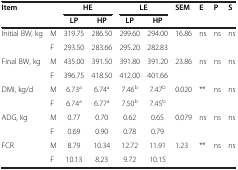
<table><thead><tr><td><b>Item</b></td><td><b> </b></td><td colspan="2"><b>HE</b></td><td colspan="2"><b>LE</b></td><td><b>SEM</b></td><td><b>E</b></td><td><b>P</b></td><td><b>S</b></td></tr><tr><td><b> </b></td><td><b> </b></td><td><b>LP</b></td><td><b>HP</b></td><td><b>LP</b></td><td><b>HP</b></td><td><b> </b></td><td><b> </b></td><td><b> </b></td><td><b> </b></td></tr></thead><tbody><tr><td rowspan="2">Initial BW, kg</td><td>M</td><td>319.75</td><td>286.50</td><td>299.60</td><td>294.00</td><td rowspan="2">16.86</td><td rowspan="2">ns</td><td rowspan="2">ns</td><td rowspan="2">ns</td></tr><tr><td>F</td><td>293.50</td><td>283.66</td><td>295.20</td><td>282.83</td></tr><tr><td rowspan="2">Final BW, kg</td><td>M</td><td>435.00</td><td>391.50</td><td>391.80</td><td>391.20</td><td rowspan="2">23.86</td><td rowspan="2">ns</td><td rowspan="2">ns</td><td rowspan="2">ns</td></tr><tr><td>F</td><td>396.75</td><td>418.50</td><td>412.00</td><td>401.66</td></tr><tr><td rowspan="2">DMI, kg/d</td><td>M</td><td>6.73<sup>a</sup></td><td>6.74<sup>a</sup></td><td>7.46<sup>b</sup></td><td>7.47<sup>b</sup></td><td rowspan="2">0.020</td><td rowspan="2">**</td><td rowspan="2">ns</td><td rowspan="2">ns</td></tr><tr><td>F</td><td>6.74<sup>a</sup></td><td>6.77<sup>a</sup></td><td>7.50<sup>b</sup></td><td>7.45<sup>b</sup></td></tr><tr><td rowspan="2">ADG, kg</td><td>M</td><td>0.77</td><td>0.70</td><td>0.62</td><td>0.65</td><td rowspan="2">0.079</td><td rowspan="2">ns</td><td rowspan="2">ns</td><td rowspan="2">ns</td></tr><tr><td>F</td><td>0.69</td><td>0.90</td><td>0.78</td><td>0.79</td></tr><tr><td>FCR</td><td>M</td><td>8.79</td><td>10.34</td><td>12.72</td><td>11.91</td><td>1.23</td><td>**</td><td>ns</td><td>ns</td></tr><tr><td> </td><td>F</td><td>10.13</td><td>8.23</td><td>9.72</td><td>10.15</td><td> </td><td> </td><td> </td><td> </td></tr></tbody></table>